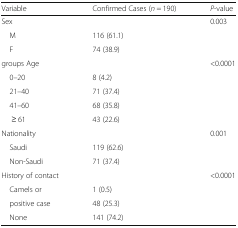
<table><thead><tr><td><b>Variable</b></td><td><b>Confirmed Cases (<i>n</i> = 190)</b></td><td><b><i>P</i>-value</b></td></tr></thead><tbody><tr><td>Sex</td><td></td><td>0.003</td></tr><tr><td> M</td><td>116 (61.1)</td><td></td></tr><tr><td> F</td><td>74 (38.9)</td><td></td></tr><tr><td>groups Age</td><td></td><td>&lt;0.0001</td></tr><tr><td> 0–20</td><td>8 (4.2)</td><td></td></tr><tr><td> 21–40</td><td>71 (37.4)</td><td></td></tr><tr><td> 41–60</td><td>68 (35.8)</td><td></td></tr><tr><td>≥ 61</td><td>43 (22.6)</td><td></td></tr><tr><td>Nationality</td><td></td><td>0.001</td></tr><tr><td> Saudi</td><td>119 (62.6)</td><td></td></tr><tr><td> Non-Saudi</td><td>71 (37.4)</td><td></td></tr><tr><td>History of contact</td><td></td><td>&lt;0.0001</td></tr><tr><td> Camels or</td><td>1 (0.5)</td><td></td></tr><tr><td> positive case</td><td>48 (25.3)</td><td></td></tr><tr><td> None</td><td>141 (74.2)</td><td></td></tr></tbody></table>